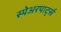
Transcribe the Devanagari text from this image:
स्पेअरपार्ट्स